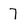
Character: 7